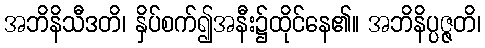
အဘိနိသီဒတိ၊ နှိပ်စက်၍အနီး၌ထိုင်နေ၏။ အဘိနိပ္ပဇ္ဇတိ၊